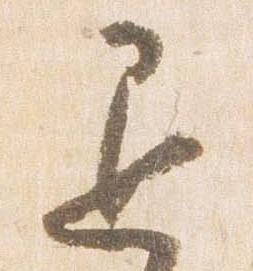
退